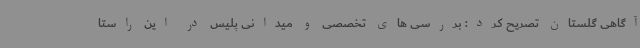
آگاهی گلستان تصریح کرد: بررسی های تخصصی و میدانی پلیس در این راستا